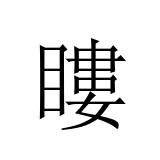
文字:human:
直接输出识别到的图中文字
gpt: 瞜